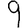
Digit: 9